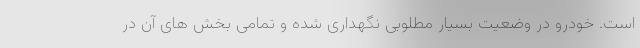
است. خودرو در وضعیت بسیار مطلوبی نگهداری شده و تمامی بخش های آن در